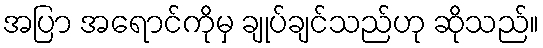
အပြာ အရောင်ကိုမှ ချုပ်ချင်သည်ဟု ဆိုသည်။